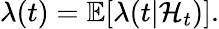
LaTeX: \lambda(t)=\mathbb{E}[\lambda(t|\mathcal{H}_{t})].